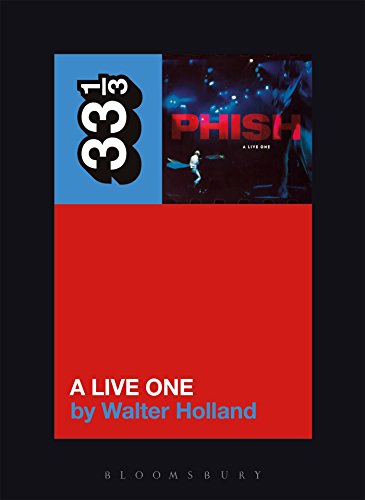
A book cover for Phish's A Live One (33 1/3); Walter Holland; Humor & Entertainment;